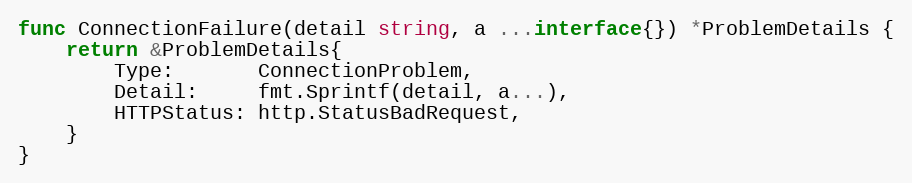
Language: Go
func ConnectionFailure(detail string, a ...interface{}) *ProblemDetails {
	return &ProblemDetails{
		Type:       ConnectionProblem,
		Detail:     fmt.Sprintf(detail, a...),
		HTTPStatus: http.StatusBadRequest,
	}
}